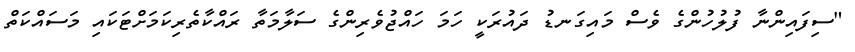
"ސިފައިންނާ ފުލުހުންގެ ވެސް މައިގަނޑު ދައުރަކީ ހަމަ ހައްޖުވެރިންގެ ސަލާމަތާ ރައްކާތެރިކަމަށްޓަކައި މަސައްކަތް